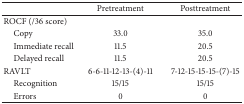
<table><thead><tr><td><b> </b></td><td><b>Pretreatment</b></td><td><b>Posttreatment</b></td></tr></thead><tbody><tr><td>ROCF (/36 score)</td><td> </td><td> </td></tr><tr><td> Copy</td><td>33.0</td><td>35.0</td></tr><tr><td> Immediate recall</td><td>11.5</td><td>20.5</td></tr><tr><td> Delayed recall</td><td>11.5</td><td>20.5</td></tr><tr><td>RAVLT</td><td>6-6-11-12-13-(4)-11</td><td>7-12-15-15-15-(7)-15</td></tr><tr><td> Recognition</td><td>15/15</td><td>15/15</td></tr><tr><td> Errors</td><td>0</td><td>0</td></tr></tbody></table>